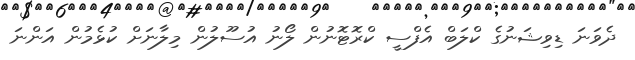
ދެވަނަ ޑިވިޝަނުގެ ކްލަބް އެފްސީ ކްރޮޓޮނުން ލޯނު އުސޫލުން މިލާނަށް ކުޅެމުން އަންނަ